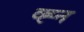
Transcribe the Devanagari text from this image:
व्ह्न